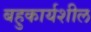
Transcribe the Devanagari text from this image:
बहुकार्यशील